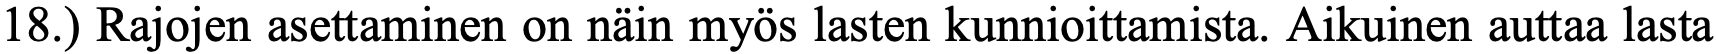
18.) Rajojen asettaminen on näin myös lasten kunnioittamista. Aikuinen auttaa lasta